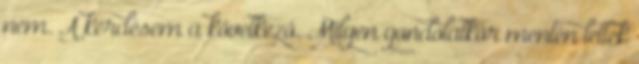
nem. A kérdésem a következő. Milyen gondolatkör mentén lettek